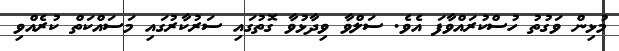
މުޅިން ވަގުތު ހުސްކުރައްވާފަ އެވެ. ސަލްވާ ވިދާޅުވާ ގޮތުގައި ސަރުކާރުގައި މަސައްކަތް ކުރެއްވި